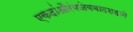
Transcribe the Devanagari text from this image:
एकदांऔरंगजेबबादशहाने